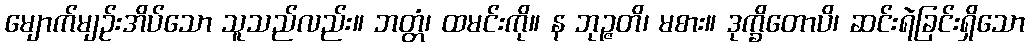
မျောက်မျဉ်းအိပ်သော သူသည်လည်း။ ဘတ္တံ၊ ထမင်းကို။ န ဘုဉ္ဇတိ၊ မစား။ ဒုက္ခိတောပိ၊ ဆင်းရဲခြင်းရှိသော